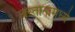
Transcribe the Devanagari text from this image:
अस्तानामध्ये